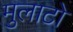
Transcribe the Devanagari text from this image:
मुलाटो